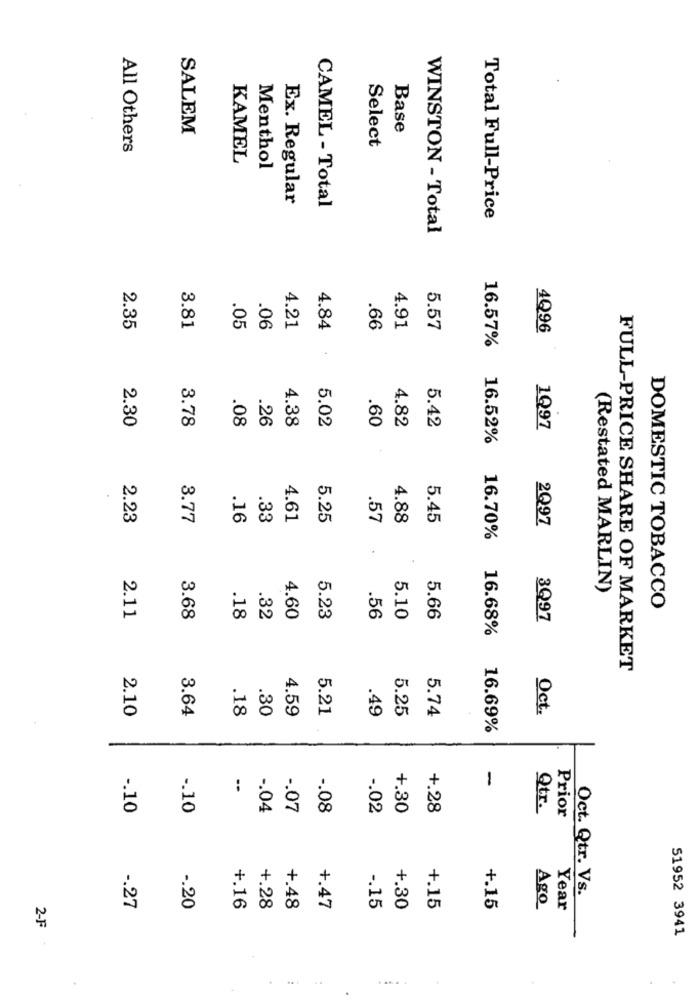
SALEM
Base
All Others
Select
KAMEL
Menthol
Ex. Regular
CAMEL - Total
Total Full-Price
WINSTON - Total
2.35
3.81
.05
.06
4.21
4.84
.66
4.91
5.57
4Q96
16.57%
2.30
3.78
.08
26
4.38
5.02
.60
4.82
5.42
1Q97
16.52%
2.23
3.77
.16
.33
4.61
5.25
.57
4.88
5.45
2Q97
(Restated MARLIN)
DOMESTIC TOBACCO
2.11
3.68
.18
.32
4.60
5.23
.56
5.10
5.66
3Q97
16.70% 16.68%
FULL-PRICE SHARE OF MARKET
2.10
3.64
.18
.30
4.59
5.21
.49
5.25
5.74
Oct.
16.69%
-
-. 10
-. 10
-. 04
-. 07
-. 08
-. 02
+.30
+.28
Qtr.
Prior
Oct. Qtr. Vs.
-. 27
-. 20
+.16
+.28
+.48
+.47
-. 15
+.30
+.15
+.15
Ago
Year
2-F
51952 3941